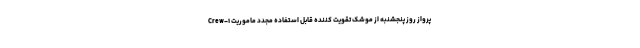
پرواز روز پنجشنبه از موشک تقویت کننده قابل استفاده مجدد ماموریت Crew-۱